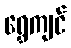
ရွှေကျင်